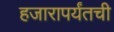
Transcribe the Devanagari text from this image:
हजारापर्यंतची